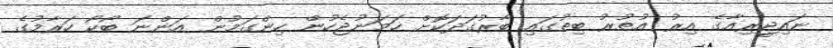
ނައިޖީރިއާގެ އިރު އުތުރު ބިތުގައި ބާރުގަދަކޮށް ހަމަނުޖެހުން ހިންގަމުން އަންނަ ބޯކޯ ހަރާމުގެ